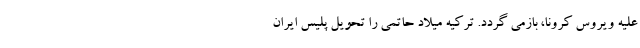
علیه ویروس کرونا، بازمی گردد. ترکیه میلاد حاتمی را تحویل پلیس ایران